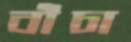
বাঁচা